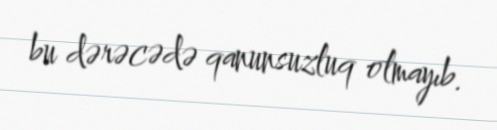
bu dərəcədə qanunsuzluq olmayıb.